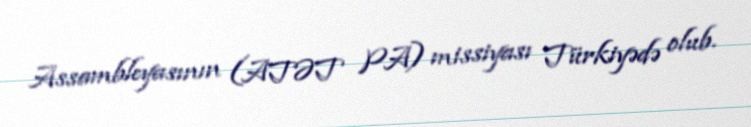
Assambleyasının (ATƏT PA) missiyası Türkiyədə olub.